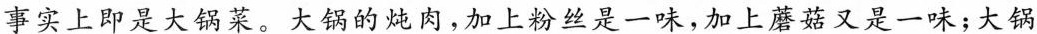
事实上即是大锅菜。大锅的炖肉，加上粉丝是一味，加上蘑菇又是一味；大锅